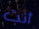
أنت